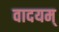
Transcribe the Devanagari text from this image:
वादयम्